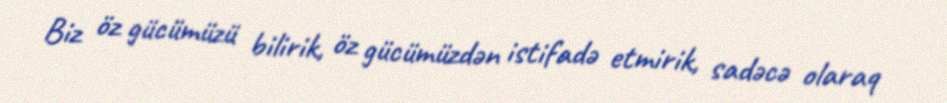
Biz öz gücümüzü bilirik, öz gücümüzdən istifadə etmirik, sadəcə olaraq